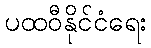
ပထဝီနိုင်ငံရေး